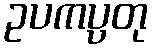
ဥပကပ္ပတု